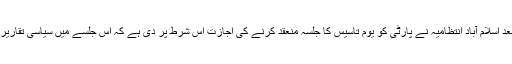
اور 50 سال بعد اسلام آباد انتظامیہ نے پارٹی کو یوم تاسیس کا جلسہ منعقد کرنے کی اجازت اس شرط پر دی ہے کہ اس جلسے میں سیاسی تقاریر نہیں ہوں گی۔